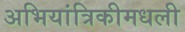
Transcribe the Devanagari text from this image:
अभियांत्रिकीमधली